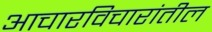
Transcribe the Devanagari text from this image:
आचारविचारांतील